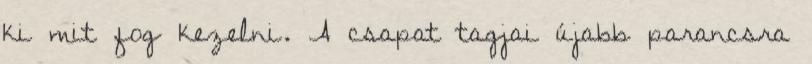
ki mit fog kezelni. A csapat tagjai újabb parancsra